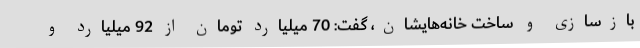
بازسازی و ساخت خانه‌هایشان، گفت: 70 میلیارد تومان از 92 میلیارد و